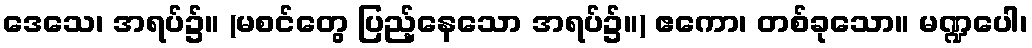
ဒေသေ၊ အရပ်၌။ (မစင်တွေ ပြည့်နေသော အရပ်၌။) ဧကော၊ တစ်ခုသော။ မဏ္ဍပေါ၊